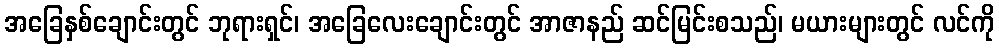
အခြေနှစ်ချောင်းတွင် ဘုရားရှင်၊ အခြေလေးချောင်းတွင် အာဇာနည် ဆင်မြင်းစသည်၊ မယားများတွင် လင်ကို